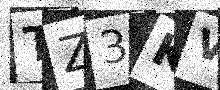
Text: TZ3KVV